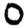
Digit: 0